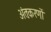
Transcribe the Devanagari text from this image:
अंतःकरणों